Report on vaccination in the Province of Bengal - 1869-1873
Year: 1869
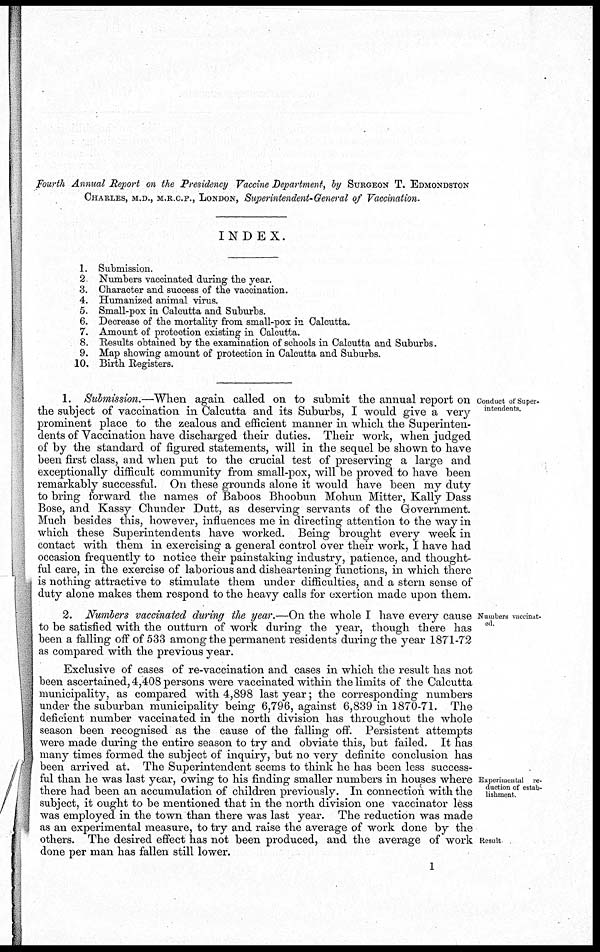
Fourth Annual Report on the Presidency Vaccine Department, by SURGEON T. EDMONDSTON
CHARLES, M.D., M.R.C.P., LONDON, Superintendent-General of Vaccination.
INDEX.
1.
2
3.
4.
5.
6.
7.
8.
9.
10.
Submission.
Numbers vaccinated during the year.
Character and success of the vaccination.
Humanized animal virus.
Small-pox in Calcutta and Suburbs.
Decrease of the mortality from small-pox in Calcutta.
Amount of protection existing in Calcutta.
Results obtained by the examination of schools in Calcutta and Suburbs.
Map showing amount of protection in Calcutta and Suburbs.
Birth Registers.
Conduct of Super-
intendents.
1. Submission.—When again called on to submit the annual report on
the subject of vaccination in Calcutta and its Suburbs, I would give a very
prominent place to the zealous and efficient manner in which the Superinten-
dents of Vaccination have discharged their duties. Their work, when judged
of by the standard of figured statements, will in the sequel be shown to have
been first class, and when put to the crucial test of preserving a large and
exceptionally difficult community from small-pox, will be proved to have been
remarkably successful. On these grounds alone it would have been my duty
to bring forward the names of Baboos Bhoobun Mohun Mitter, Kally Dass
Bose, and Kassy Chunder Dutt, as deserving servants of the Government.
Much besides this, however, influences me in directing attention to the way in
which these Superintendents have worked. Being brought every week in
contact with them in exercising a general control over their work, I have had
occasion frequently to notice their painstaking industry, patience, and thought-
ful care, in the exercise of laborious and disheartening functions, in which there
is nothing attractive to stimulate them under difficulties, and a stern sense of
duty alone makes them respond to the heavy calls for exertion made upon them.
Numbers vaccinat-
ed.
2. Numbers vaccinated during the year.—On the whole I have every cause
to be satisfied with the outturn of work during the year, though there has
been a falling off of 533 among the permanent residents during the year 1871-72
as compared with the previous year.
Experimental re-
duction of estab-
lishment
Result
Exclusive of cases of re-vaccination and cases in which the result has not
been ascertained, 4,408 persons were vaccinated within the limits of the Calcutta
municipality, as compared with 4,898 last year; the corresponding numbers
under the suburban municipality being 6,796, against 6,839 in 1870-71. The
deficient number vaccinated in the north division has throughout the whole
season been recognised as the cause of the falling off. Persistent attempts
were made during the entire season to try and obviate this, but failed. It has
many times formed the subject of inquiry, but no very definite conclusion has
been arrived at. The Superintendent seems to think he has been less success-
ful than he was last year, owing to his finding smaller numbers in houses where
there had been an accumulation of children previously. In connection with the
subject, it ought to be mentioned that in the north division one vaccinator less
was employed in the town than there was last year. The reduction was made
as an experimental measure, to try and raise the average of work done by the
others. The desired effect has not been produced, and the average of work
done per man has fallen still lower.
1